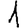
Digit: 1